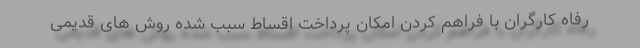
رفاه کارگران با فراهم کردن امکان پرداخت اقساط سبب شده روش های قدیمی